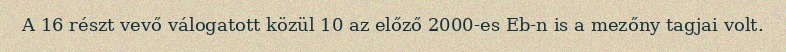
A 16 részt vevő válogatott közül 10 az előző 2000-es Eb-n is a mezőny tagjai volt.